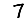
Digit: 7